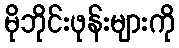
မိုဘိုင်းဖုန်းများကို